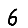
Digit: 6